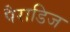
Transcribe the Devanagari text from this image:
पैराडिज